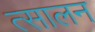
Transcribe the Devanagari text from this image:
त्सालन